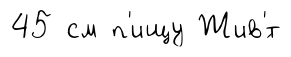
45 см п'ищу Жив'́т